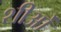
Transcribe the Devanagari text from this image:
शीओं